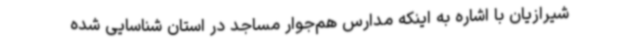
شیرازیان با اشاره به اینکه مدارس هم‌جوار مساجد در استان شناسایی شده